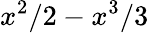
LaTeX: x^{2}/2-x^{3}/3